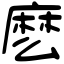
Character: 麽